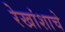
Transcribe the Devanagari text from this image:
रेखांशाचे